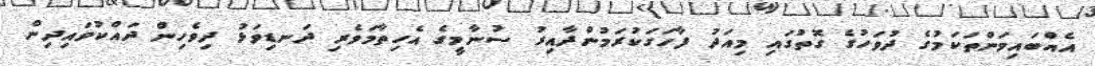
އެއްބައިވަންތަކަމުގެ ދުވަހުގެ ގޮތުގައި މިއަދު ފާހަގަކުރަމުންދާއިރު ސުނާމީގެ އެހިތާމަވެރި ދަނޑިވަޅު ދިވެހިން ދައްކުވައިދިން